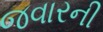
જવારની